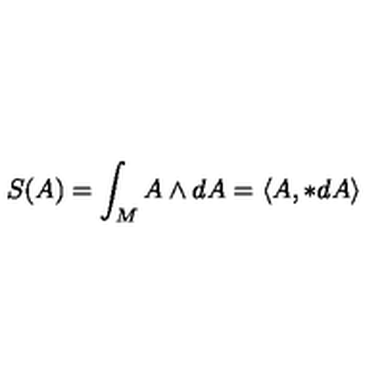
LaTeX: S ( A ) = \int _ { M } A \wedge d A = \langle A , * d A \rangle